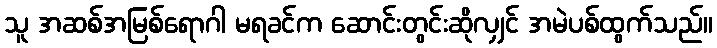
သူ အဆစ်အမြစ်ရောဂါ မရခင်က ဆောင်းတွင်းဆိုလျှင် အမဲပစ်ထွက်သည်။